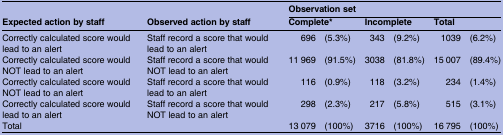
<table><thead><tr><td></td><td></td><td colspan="6"><b>Observation set</b></td></tr><tr><td><b>Expected action by staff</b></td><td><b>Observed action by staff</b></td><td colspan="2"><b>Complete*</b></td><td colspan="2"><b>Incomplete</b></td><td colspan="2"><b>Total</b></td></tr></thead><tbody><tr><td>Correctly calculated score would lead to an alert</td><td>Staff record a score that would lead to an alert</td><td>696</td><td>(5.3%)</td><td>343</td><td>(9.2%)</td><td>1039</td><td>(6.2%)</td></tr><tr><td>Correctly calculated score would NOT lead to an alert</td><td>Staff record a score that would NOT lead to an alert</td><td>11 969</td><td>(91.5%)</td><td>3038</td><td>(81.8%)</td><td>15 007</td><td>(89.4%)</td></tr><tr><td>Correctly calculated score would NOT lead to an alert</td><td>Staff record a score that would lead to an alert</td><td>116</td><td>(0.9%)</td><td>118</td><td>(3.2%)</td><td>234</td><td>(1.4%)</td></tr><tr><td>Correctly calculated score would lead to an alert</td><td>Staff record a score that would NOT lead to an alert</td><td>298</td><td>(2.3%)</td><td>217</td><td>(5.8%)</td><td>515</td><td>(3.1%)</td></tr><tr><td colspan="2">Total</td><td>13 079</td><td>(100%)</td><td>3716</td><td>(100%)</td><td>16 795</td><td>(100%)</td></tr></tbody></table>